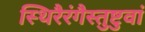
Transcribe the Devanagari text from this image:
स्थिरैरंगैस्तुष्टुवां